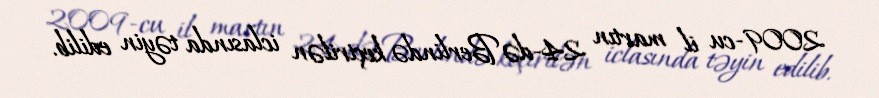
2009-cu il martın 24-də Berlində keçirilən iclasında təyin edilib.